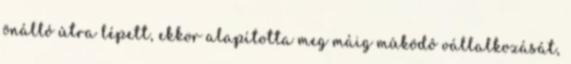
önálló útra lépett, ekkor alapította meg máig mûködô vállalkozását,